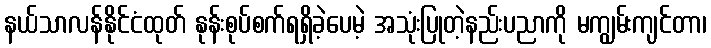
နယ်သာလန်နိုင်ငံထုတ် နုန်းစုပ်စက်ရရှိခဲ့ပေမဲ့ အသုံးပြုတဲ့နည်းပညာကို မကျွမ်းကျင်တာ၊